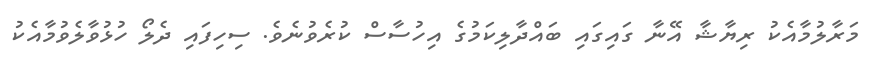
މަރާލުމާއެކު ރިޔާޝާ އޭނާ ގައިގައި ބައްދާލިކަމުގެ އިހުސާސް ކުރެވުނެވެ. ސިހިފައި ދެލޯ ހުޅުވާލެވުމާއެކު